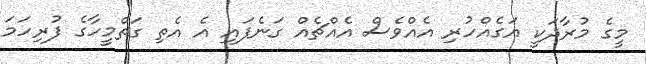
މީގެ މުރާދަކީ އަގެއްހުރި އެއްވެސް އެއްޗެއް ގަނެފައި އެ އެތި ގަތްމީހާގެ ފުރިހަމަ